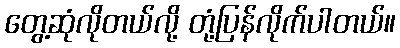
တွေ့ဆုံလိုတယ်လို့ တုံ့ပြန်လိုက်ပါတယ်။